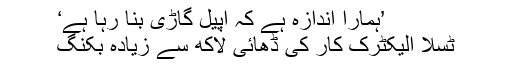
’ہمارا اندازہ ہے کہ اپیل گاڑی بنا رہا ہے‘
ٹسلا الیکٹرک کار کی ڈھائی لاکھ سے زیادہ بکنگ